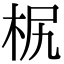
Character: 𣐊